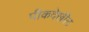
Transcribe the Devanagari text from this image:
पीकदेखील